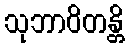
သုဘာဝိတန္တိ